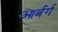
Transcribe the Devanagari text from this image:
आर्बर्ग